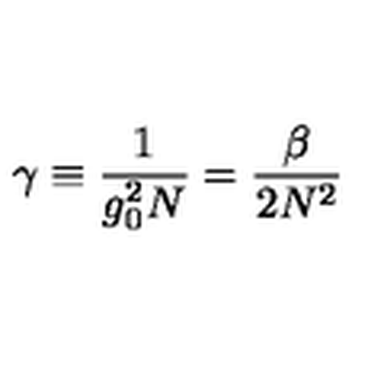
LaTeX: \gamma \equiv { \frac { 1 } { g _ { 0 } ^ { 2 } N } } = { \frac { \beta } { 2 N ^ { 2 } } }